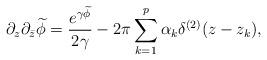
LaTeX: \begin{align*}\partial_z\partial_{\bar z}\widetilde \phi={e^{\gamma\widetilde \phi}\over 2\gamma}-2\pi\sum_{k=1}^p\alpha_k\delta^{(2)}(z-z_k),\end{align*}